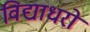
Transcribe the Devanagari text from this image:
विद्याधरो